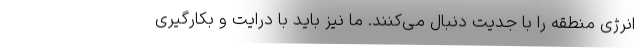
انرژی منطقه را با جدیت دنبال می‌کنند. ما نیز باید با درایت و بکارگیری